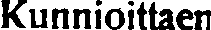
Kunnioittaen